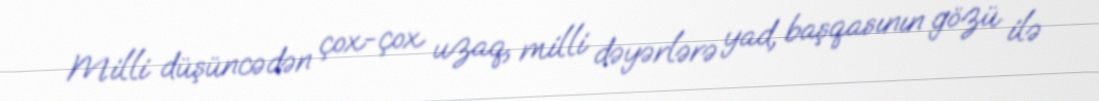
Milli düşüncədən çox-çox uzaq, milli dəyərlərə yad, başqasının gözü ilə